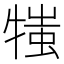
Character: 𤚍